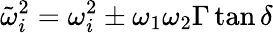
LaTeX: \tilde{\omega}_{i}^{2}=\omega_{i}^{2}\pm\omega_{1}\omega_{2}\Gamma\tan\delta